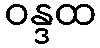
ဝန္ဒထ